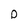
Character: p